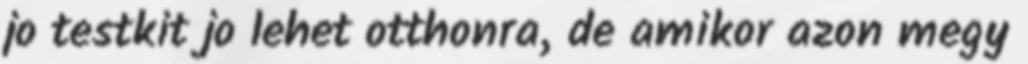
jo testkit jo lehet otthonra, de amikor azon megy